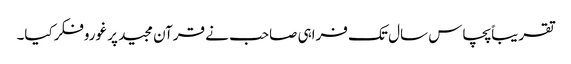
تقریباًپچاس سال تک فراہی صاحب نے قرآن مجید پر غوروفکرکیا۔